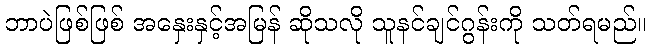
ဘာပဲဖြစ်ဖြစ် အနှေးနှင့်အမြန် ဆိုသလို သူနင်ချင်ဂွန်းကို သတ်ရမည်။